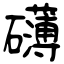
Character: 礡